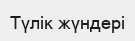
Түлік жүндері